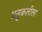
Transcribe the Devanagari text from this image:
धनुकलीला